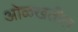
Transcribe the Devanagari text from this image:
ओळखतील